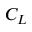
C _ { L }